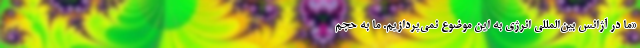
«ما در آژانس بین‌المللی انرژی به این موضوع نمی‌پردازیم. ما به حجم